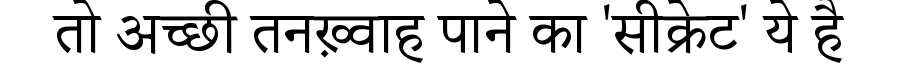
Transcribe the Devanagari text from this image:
तो अच्छी तनख़्वाह पाने का 'सीक्रेट' ये है